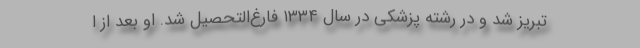
تبریز شد و در رشته پزشکی در سال ۱۳۳۴ فارغ‌التحصیل شد. او بعد از ا